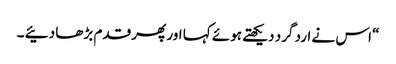
“ اس نے ارد گرد دیکھتے ہوئے کہا اور پھر قدم بڑھا دئیے ۔